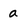
Character: a